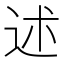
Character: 述